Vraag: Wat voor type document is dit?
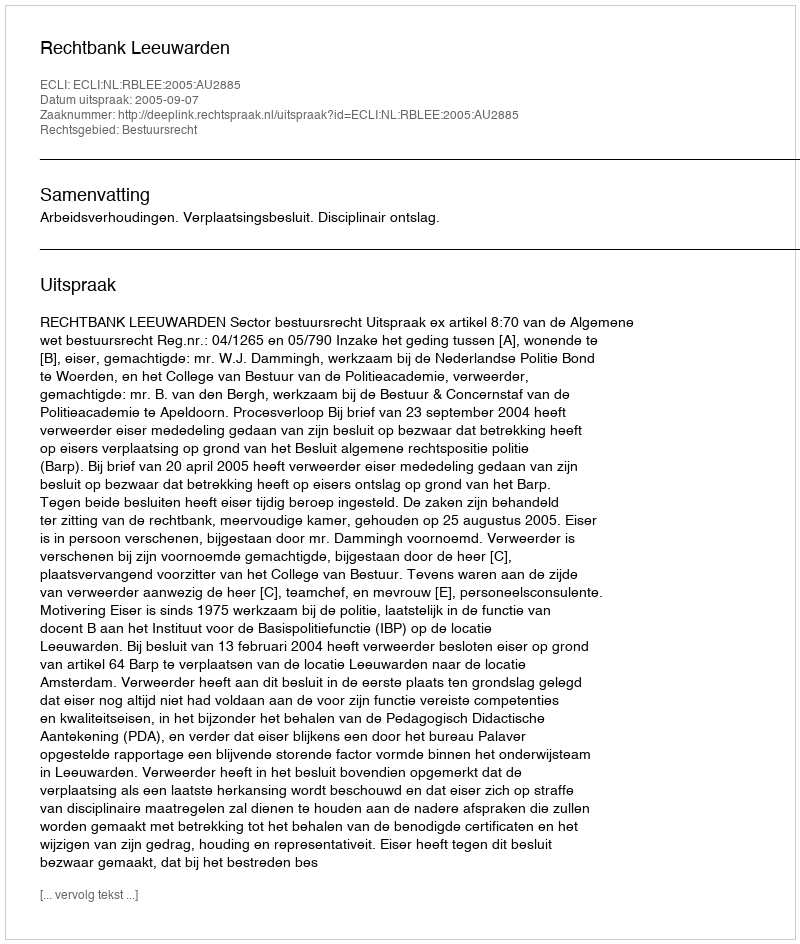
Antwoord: Uitspraak